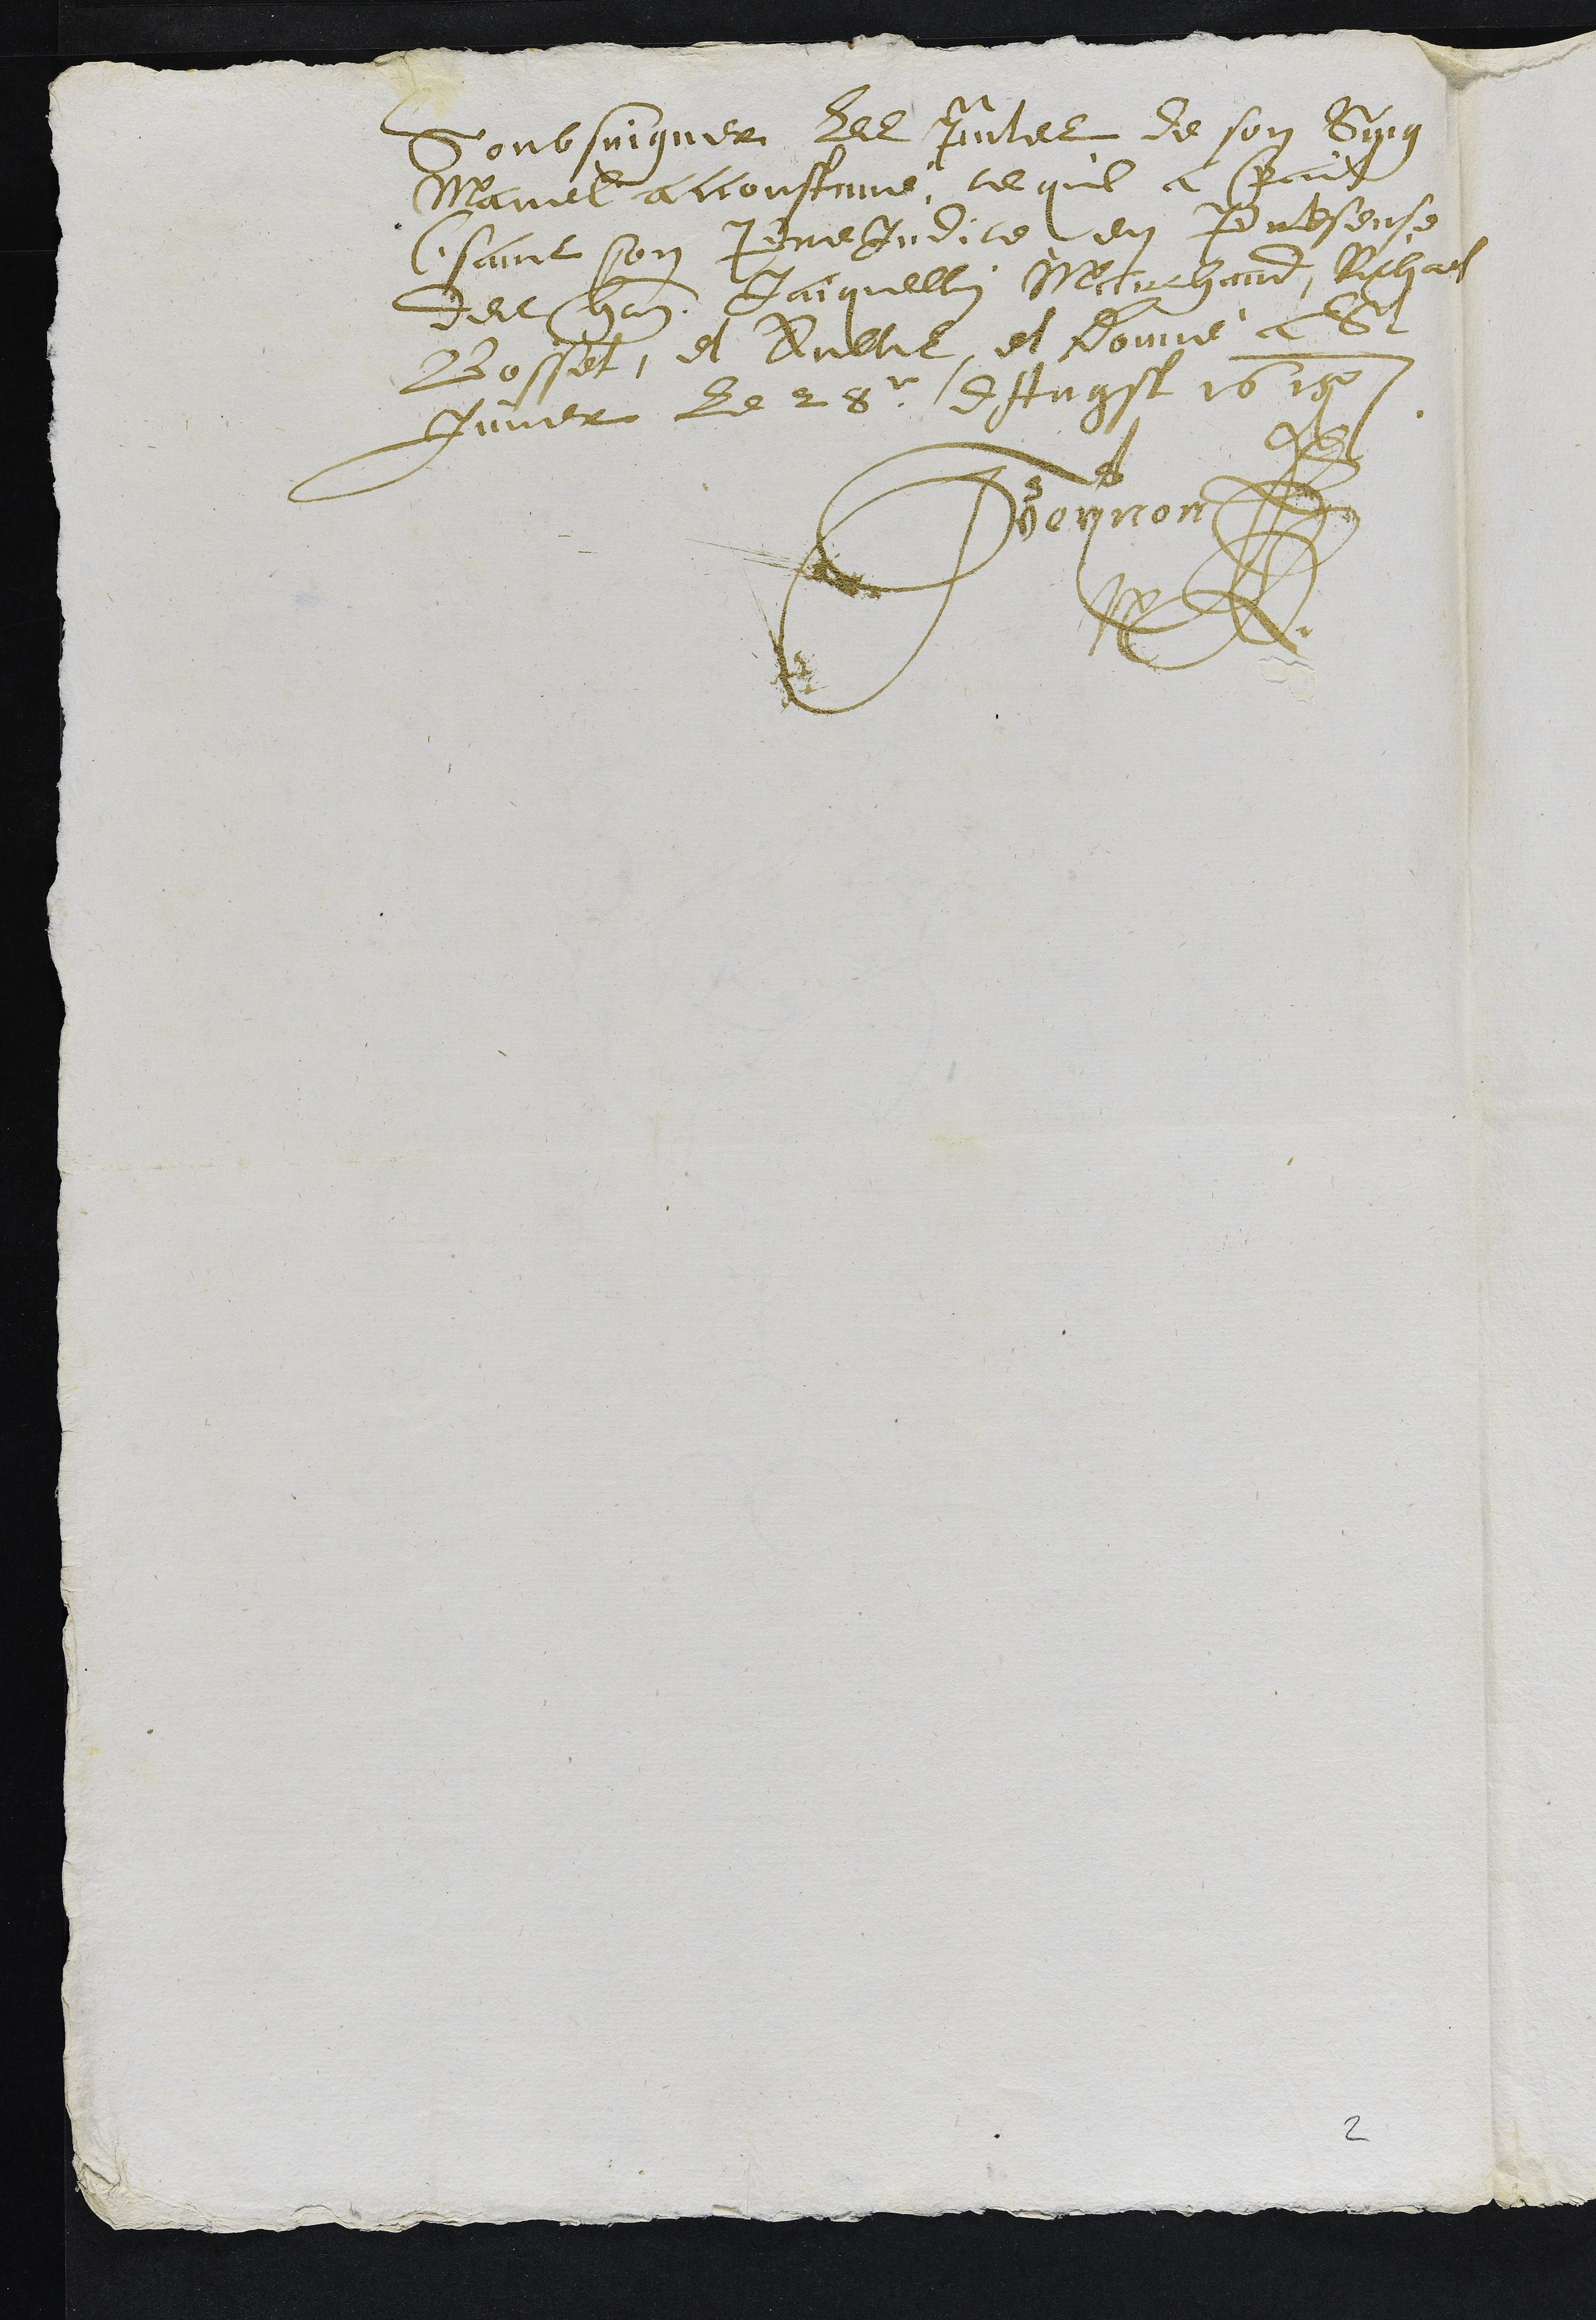
Soubsuigner les presentes de son Seing
Manuel accoustumé, ce quil a fait
(sant son Prejudice) en Presense
des hon Jaiquellin Marchand, Richard
Bosset, et aultres, et Donné a St
Imier Le 28e dAugst 1615
+
JBeynon
2